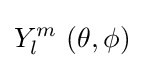
Y_{l}^{m}\,\left(\theta ,\phi \right)